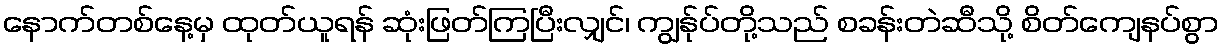
နောက်တစ်နေ့မှ ထုတ်ယူရန် ဆုံးဖြတ်ကြပြီးလျှင်၊ ကျွန်ုပ်တို့သည် စခန်းတဲဆီသို့ စိတ်ကျေနပ်စွာ